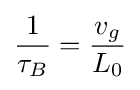
{\frac {1}{\tau _{B}}}={\frac {v_{g}}{L_{0}}}